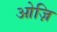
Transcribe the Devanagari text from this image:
ओज़ि